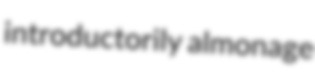
introductorily almonage